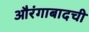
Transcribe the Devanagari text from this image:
औरंगाबादची